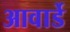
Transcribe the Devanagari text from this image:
आवार्डे